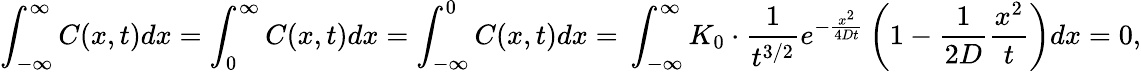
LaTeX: \int_{-\infty}^{\infty}C(x,t)dx=\int_{0}^{\infty}C(x,t)dx=\int_{-\infty}^{0}C(x,t)dx=\, \int_{-\infty}^{\infty}K_{0}\cdot\frac{1}{t^{3/2}}e^{-\frac{x^{2}}{4Dt}}\left(1-\frac{1}{2D}\frac{x^{2}}{t}\right)dx=0,